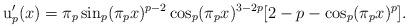
LaTeX: \begin{align*} \operatorname{u}_p'(x)=\pi_p \sin_p(\pi_p x)^{p-2} \cos_p(\pi_p x)^{3-2p}[2-p-\cos_p(\pi_p x)^p].\end{align*}